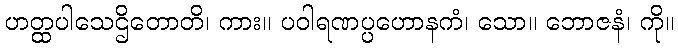
ဟတ္ထပါသေဌိတောတိ၊ ကား။ ပဝါရဏပ္ပဟောနကံ၊ သော။ ဘောဇနံ၊ ကို။